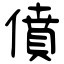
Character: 僨